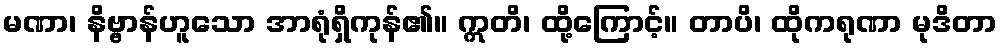
မဏာ၊ နိဗ္ဗာန်ဟူသော အာရုံရှိကုန်၏။ ဣတိ၊ ထို့ကြောင့်။ တာပိ၊ ထိုကရုဏာ မုဒိတာ